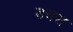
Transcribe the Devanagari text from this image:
डचस